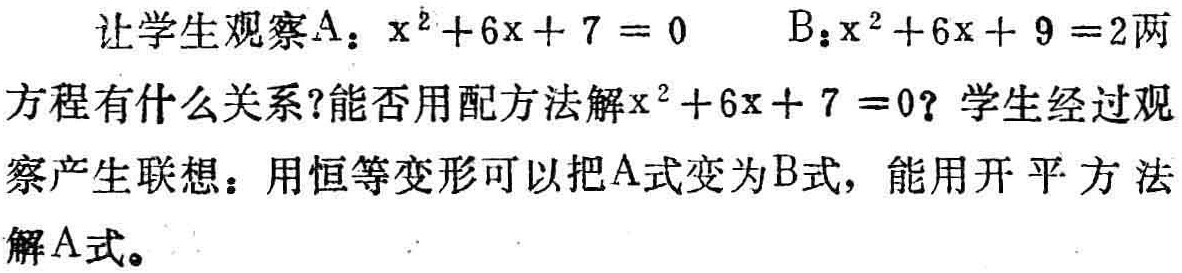
让学生观察A：\(x^{2}+6x + 7 = 0\)  B：\(x^{2}+6x + 9 =2\)两方程有什么关系?能否用配方法解\(x^{2}+6x + 7 =0\)？学生经过观察产生联想：用恒等变形可以把A式变为B式，能用开平方法解A式。